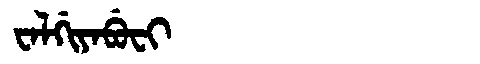
Manchu: ᠸᠠᠯᡤᡳᠶᠠᠪᡠᠸᡳ
Romanization: WALGIYABUFI